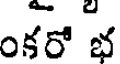
ంకరో భ